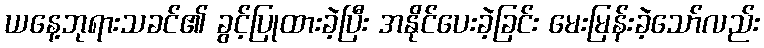
ယနေ့ဘုရားသခင်၏ ခွင့်ပြုထားခဲ့ပြီး အနိုင်ပေးခဲ့ခြင်း မေးမြန်းခဲ့သော်လည်း